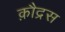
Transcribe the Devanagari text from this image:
क़ौद्रस